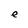
Character: e